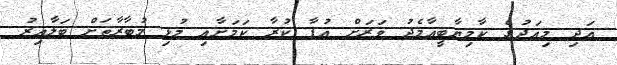
އަދި މިއަދުގެ ކާމިޔާބީއާމެދު ވަރަށް އުފާ ކުރާ ކަމަށާއި މުޅި މުބާރާތަށް ބަލާއިރު